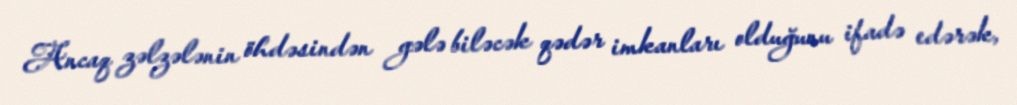
Ancaq zəlzələnin öhdəsindən gələ biləcək qədər imkanları olduğunu ifadə edərək,